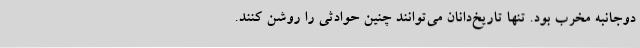
دوجانبه مخرب بود. تنها تاریخ‌دانان می‌توانند چنین حوادثی را روشن کنند.